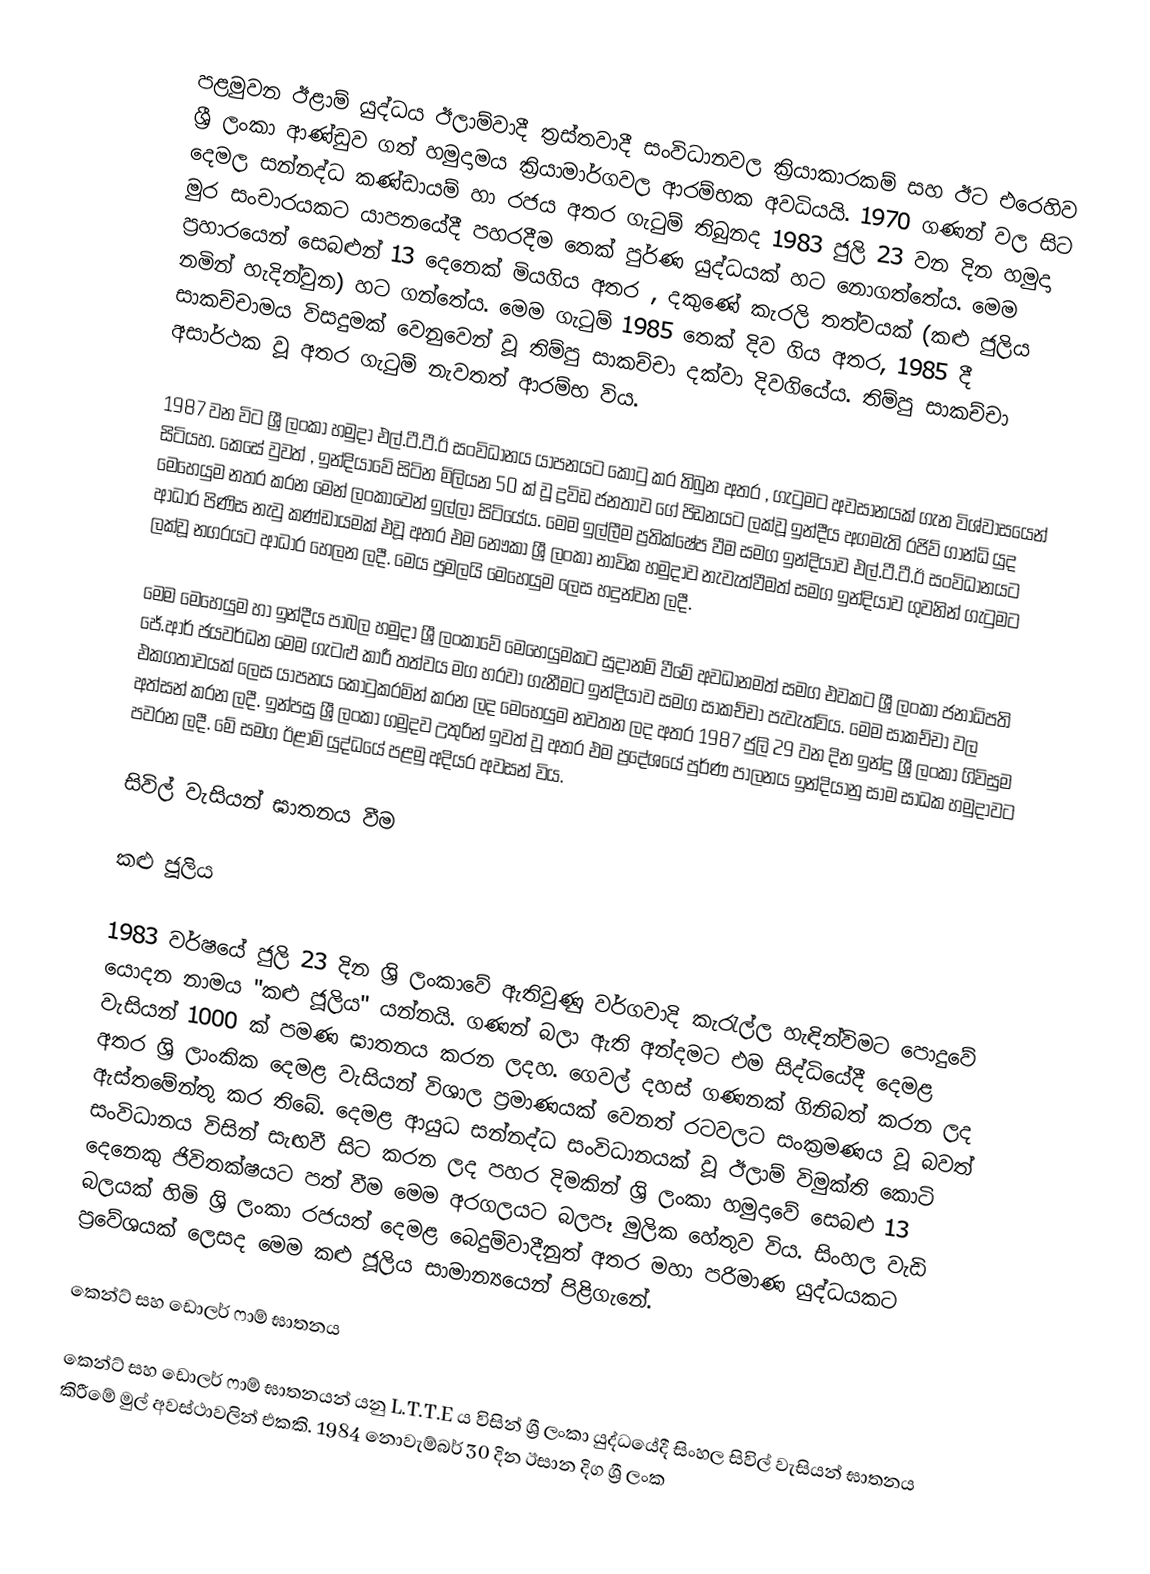
පළමුවන ඊළාම් යුද්ධය ඊලාම්වාදී ත්‍රස්තවාදී සංවිධානවල ක්‍රියාකාරකම් සහ ඊට එරෙහිව ශ්‍රී ලංකා ආණ්ඩුව ගත් හමුදාමය ක්‍රියාමාර්ගවල ආරම්භක අවධියයි. 1970 ගණන් වල සිට දෙමල සන්නද්ධ කණ්ඩායම් හා රජය අතර ගැටුම් තිබුනද 1983 ජුලි 23 වන දින හමුදා මුර සංචාරයකට යාපනයේදී පහරදීම තෙක් පුර්ණ යුද්ධයක් හට නොගත්තේය. මෙම ප්‍රහාරයෙන් සෙබළුන් 13 දෙනෙක් මියගිය අතර , දකුණේ කැරලි තත්වයක් (කළු ජුලිය නමින් හැදින්වුන) හට ගන්තේය. මෙම ගැටුම් 1985 තෙක් දිව ගිය අතර, 1985 දී සාකච්චාමය විසදුමක් වෙනුවෙන් වූ තිම්පු සාකච්චා දක්වා දිවගියේය. තිම්පු සාකච්චා අසාර්ථක වූ අතර ගැටුම් නැවතත් ආරම්භ විය.

1987 වන විට ශ්‍රී ලංකා හමුදා එල්.ටී.ටී.ඊ සංවිධානය යාපනයට කොටු කර තිබුන අතර , ගැටුමට අවසානයක් ගැන විශ්වාසයෙන් සිටියහ. කෙසේ වුවත් , ඉන්දියාවේ සිටින මිලියන 50 ක් වූ ද්‍රවිඩ ජනතාව ගේ පිඩනයට ලක්වූ ඉන්දීය අගමැති රජිව් ගාන්ධි යුද මෙහෙයුම නතර කරන මෙන් ලංකාවෙන් ඉල්ලා සිටියේය. මෙම ඉල්ලීම ප්‍රතික්ෂේප වීම සමග ඉන්දියාව එල්.ටී.ටී.ඊ සංවිධානයට ආධාර පිණිස නැවු කණ්ඩායමක් එවූ අතර එම නෞකා ශ්‍රී ලංකා නාවික හමුදාව නැවැත්වීමත් සමග  ඉන්දියාව ගුවනින් ගැටුමට ලක්වූ නගරයට ආධාර හෙලන ලදී. මෙය පුමලයි මෙහෙයුම ලෙස හදුන්වන ලදී.

මෙම මෙහෙයුම හා ඉන්දීය පාබල හමුදා ශ්‍රී ලංකාවේ මෙහෙයුමකට සුදානම් වීමේ අවධානමත් සමග එවකට ශ්‍රී ලංකා ජනාධිපති ජේ.ආර් ජයවර්ධන මෙම ගැටළු කාරී තත්වය මග හරවා ගැනීමට ඉන්දියාව සමග සාකච්චා පැවැත්විය. මෙම සාකච්චා වල එකගතාවයක් ලෙස යාපනය කොටුකරමින් කරන ලද මෙහෙයුම නවතන ලද අතර 1987 ජුලි 29 වන දින ඉන්දු ශ්‍රී ලංකා ගිවිසුම අත්සන් කරන ලදී. ඉන්පසු ශ්‍රී ලංකා ගමුදව උතුරින් ඉවත් වූ අතර එම ප්‍රදේශයේ පුර්ණ පාලනය ඉන්දියානු සාම සාධක හමුදාවට පවරන ලදී. මේ සමග ඊළාම් යුද්ධයේ පළමු අදියර අවසන් විය.

සිවිල් වැසියන් ඝාතනය වීම

කළු ජූලිය

1983 වර්ෂයේ ජුලි 23 දින ශ්‍රි ලංකාවේ ඇතිවුණු වර්ගවාදි කැරැල්ල හැඳින්විමට පොදුවේ යොදන නාමය "කළු ජූලිය" යන්නයි. ගණන් බලා ඇති අන්දමට එම සිද්ධියේදී දෙමළ වැසියන් 1000 ක් පමණ ඝාතනය කරන ලදහ. ගෙවල් දහස් ගණනක් ගිනිබත් කරන ලද අතර ශ්‍රි ලාංකික දෙමළ වැසියන් විශාල ප්‍රමාණයක් වෙනත් රටවලට සංක්‍රමණය වූ බවත් ඇස්තමේන්තු කර තිබේ. දෙමළ ආයුධ සන්නද්ධ සංවිධානයක් වූ ඊලාම් විමුක්ති කොටි සංවිධානය විසින් සැඟවී සිට කරන ලද පහර දිමකින් ශ්‍රි ලංකා හමුදාවේ සෙබළු 13 දෙනෙකු ජිවිතක්ෂයට පත් වීම මෙම අරගලයට බලපෑ මුලික හේතුව විය. සිංහල වැඩි බලයක් හිමි ශ්‍රි ලංකා රජයත් දෙමළ බෙදුම්වාදීනුත් අතර මහා පරිමාණ යුද්ධයකට ප්‍රවේශයක් ලෙසද මෙම කළු ජූලිය සාමාන්‍යයෙන් පිළිගැනේ.

කෙන්ට් සහ ඩොලර් ෆාම් ඝාතනය

කෙන්ට් සහ ඩොලර් ෆාම් ඝාතනයන් යනු L.T.T.E ය විසින් ශ්‍රී ලංකා යුද්ධයේදී සිංහල සිවිල් වැසියන් ඝාතනය කිරීමේ මුල් අවස්ථාවලින් එකකි. 1984 නොවැම්බර් 30 දින ඊසාන දිග ශ්‍රී ලංක